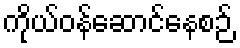
ကိုယ်ဝန်ဆောင်နေစဉ်